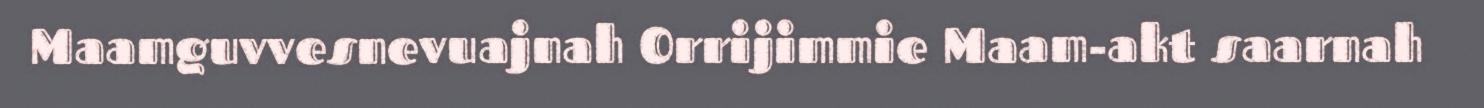
Maamguvvesnevuajnah Orrijimmie Maam-akt saarnah